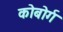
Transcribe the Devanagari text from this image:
कोबोर्ग